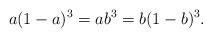
LaTeX: \begin{align*}a(1-a)^3=ab^3=b(1-b)^3.\end{align*}